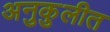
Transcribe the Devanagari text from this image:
अनुकुलीत